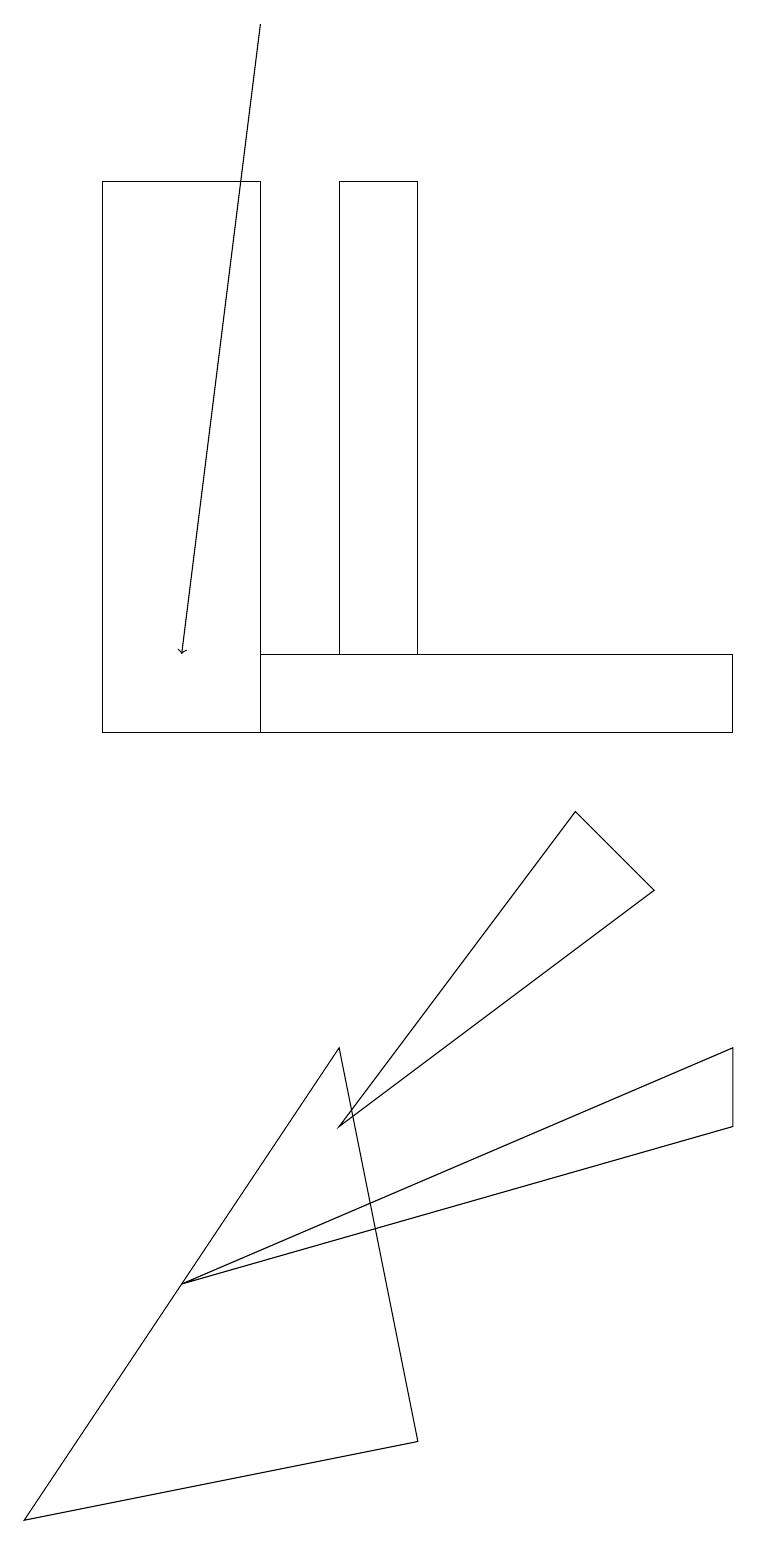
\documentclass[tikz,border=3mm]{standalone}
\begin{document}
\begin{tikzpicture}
\draw[->] (3,19) -- (2,11);
\draw (4,17) rectangle (5,11);
\draw (8,8) -- (4,5) -- (7,9) -- cycle;
\draw (9,5) -- (2,3) -- (9,6) -- cycle;
\draw (1,17) rectangle (3,10);
\draw (4,6) -- (0,0) -- (5,1) -- cycle;
\draw (3,10) rectangle (9,11);
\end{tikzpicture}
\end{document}